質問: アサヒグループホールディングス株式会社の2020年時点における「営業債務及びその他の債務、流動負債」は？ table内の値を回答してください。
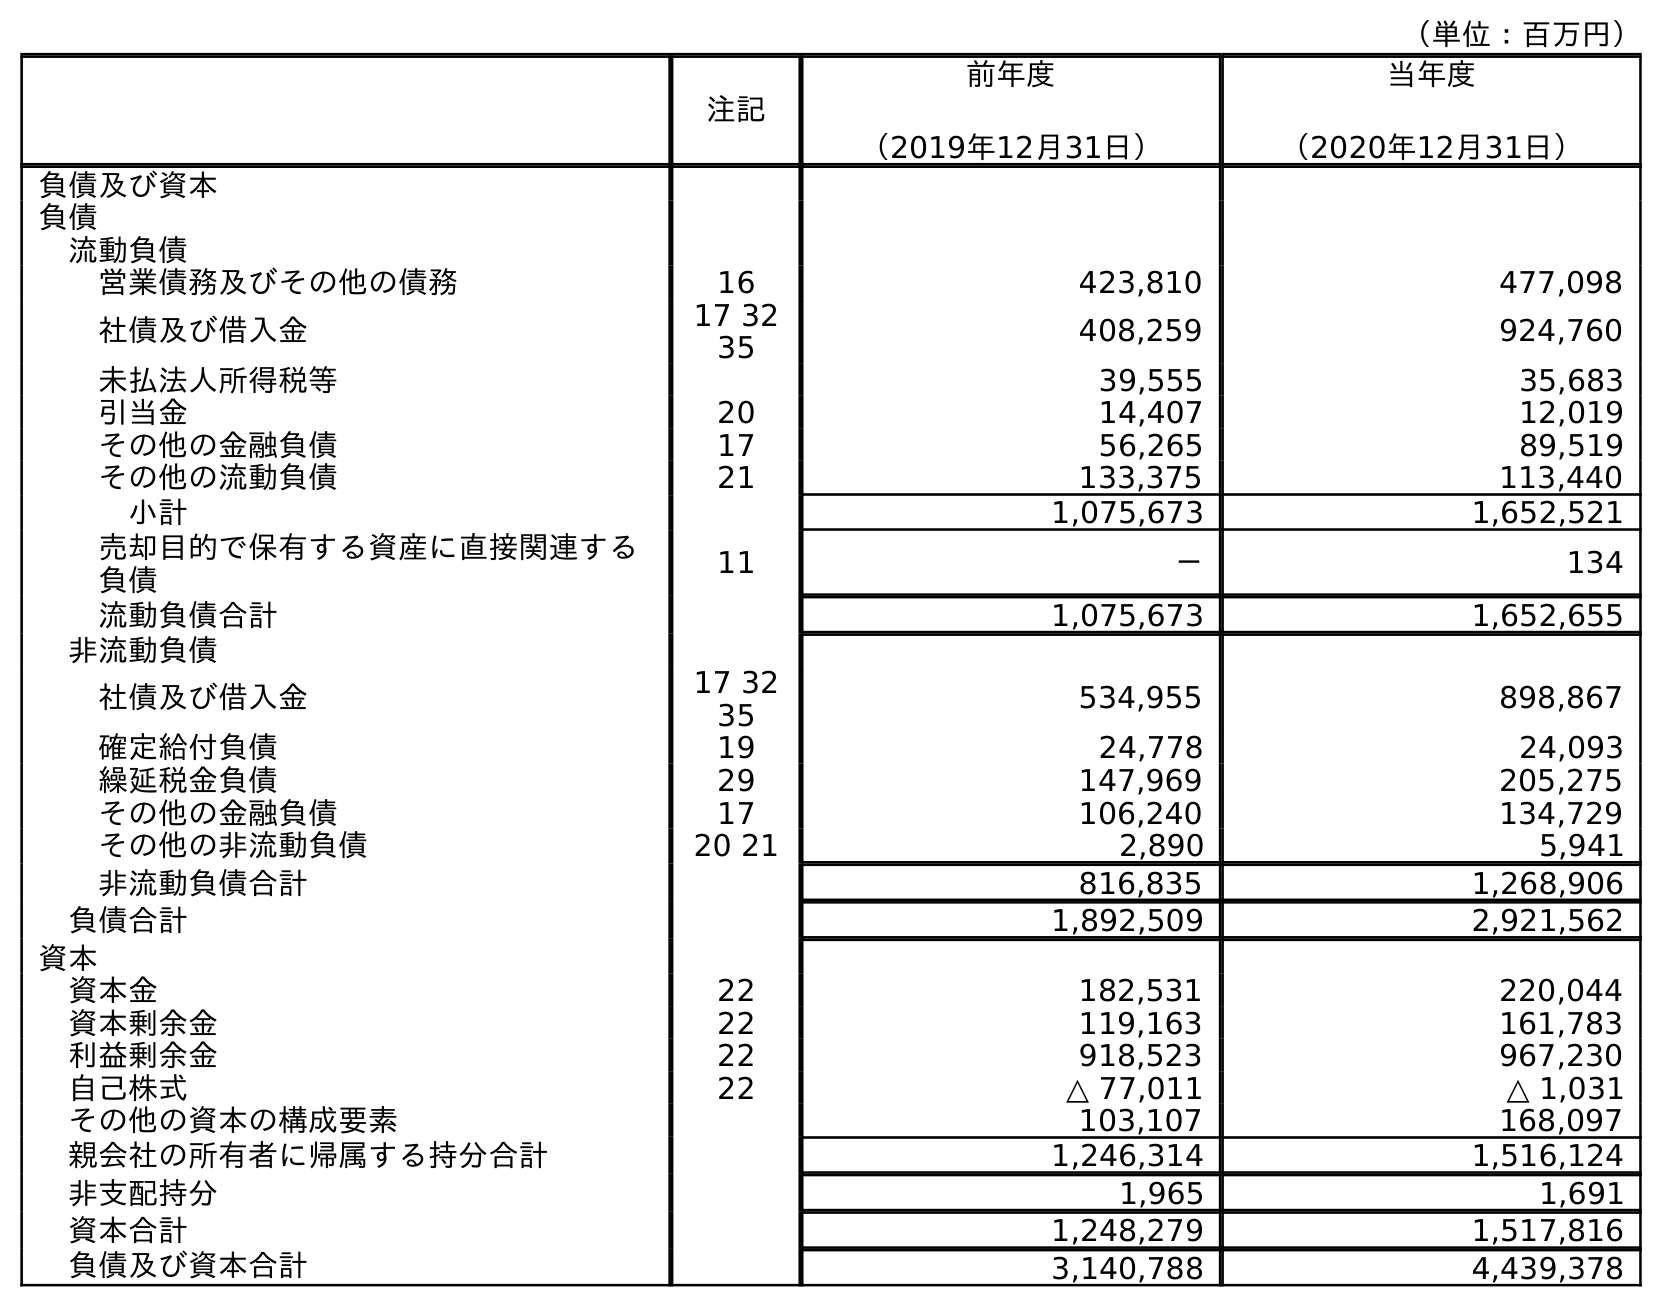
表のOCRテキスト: （単位：百万円） 注記 前年度 （2019年12月31日） 当年度 （2020年12月31日） 負債及び資本 負債 流動負債 営業債務及びその他の債務 16 423,810 477,098 社債及び借入金 17 32 35 408,259 924,760 未払法人所得税等 39,555 35,683 引当金 20 14,407 12,019 その他の金融負債 17 56,265 89,519 その他の流動負債 21 133,375 113,440 小計 1,075,673 1,652,521 売却目的で保有する資産に直接関連する 負債 11 － 134 流動負債合計 1,075,673 1,652,655 非流動負債 社債及び借入金 17 32 35 534,955 898,867 確定給付負債 19 24,778 24,093 繰延税金負債 29 147,969 205,275 その他の金融負債 17 106,240 134,729 その他の非流動負債 20 21 2,890 5,941 非流動負債合計 816,835 1,268,906 負債合計 1,892,509 2,921,562 資本 資本金 22 182,531 220,044 資本剰余金 22 119,163 161,783 利益剰余金 22 918,523 967,230 自己株式 22 △ 77,011 △ 1,031 その他の資本の構成要素 103,107 168,097 親会社の所有者に帰属する持分合計 1,246,314 1,516,124 非支配持分 1,965 1,691 資本合計 1,248,279 1,517,816 負債及び資本合計 3,140,788 4,439,378
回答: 477,098